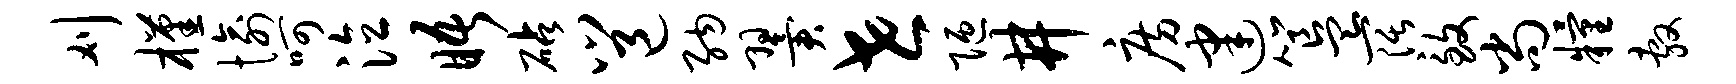
刈槿愉呵泣晤砧邕纳翼世陋井房建簋阔致尚粮敷